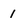
Character: I